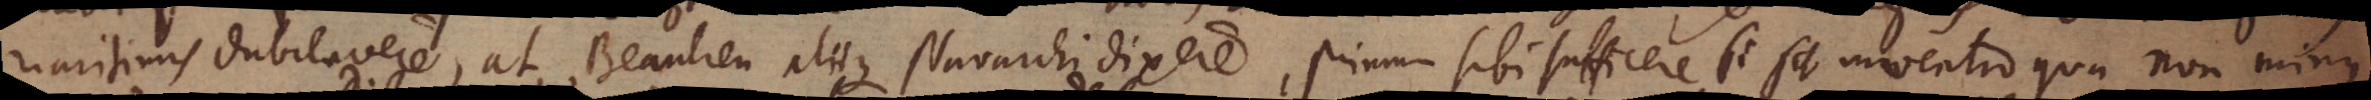
maritimis dubitavere, at Beaulieu aliique Nauarchi dixere, primum sibi sufficere si fit inventio qua non minus